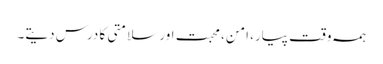
ہمہ وقت پیار، امن، محبت اور سلامتی کا درس دیتے۔